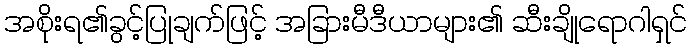
အစိုးရ၏ခွင့်ပြုချက်ဖြင့် အခြားမီဒီယာများ၏ ဆီးချိုရောဂါရှင်